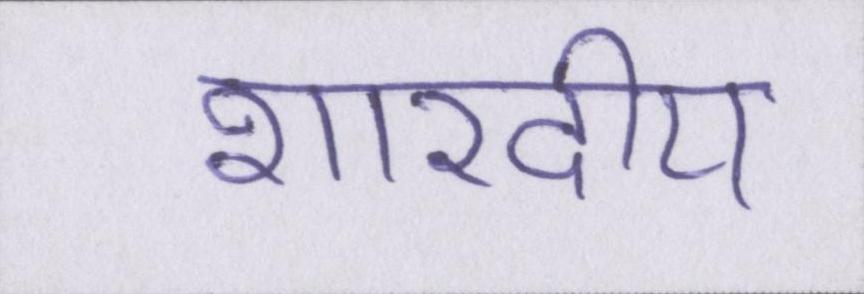
शारदीय